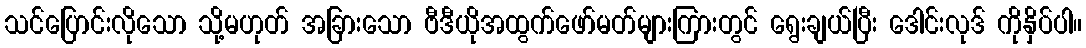
သင်ပြောင်းလိုသော သို့မဟုတ် အခြားသော ဗီဒီယိုအထွက်ဖော်မတ်များကြားတွင် ရွေးချယ်ပြီး ဒေါင်းလုဒ် ကိုနှိပ်ပါ။